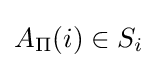
A_{\Pi }(i)\in S_{i}